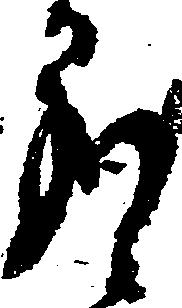
蒙